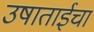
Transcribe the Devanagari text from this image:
उषाताईचा